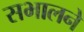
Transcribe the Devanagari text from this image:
सभालने